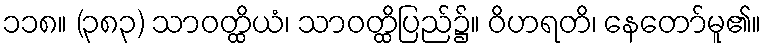
၁၁၈။ (၃၈၃) သာဝတ္ထိယံ၊ သာဝတ္ထိပြည်၌။ ဝိဟရတိ၊ နေတော်မူ၏။